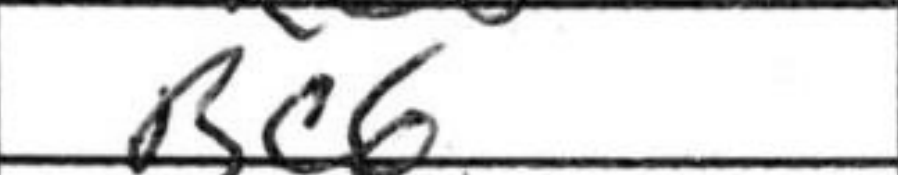
Transcription: Bc6